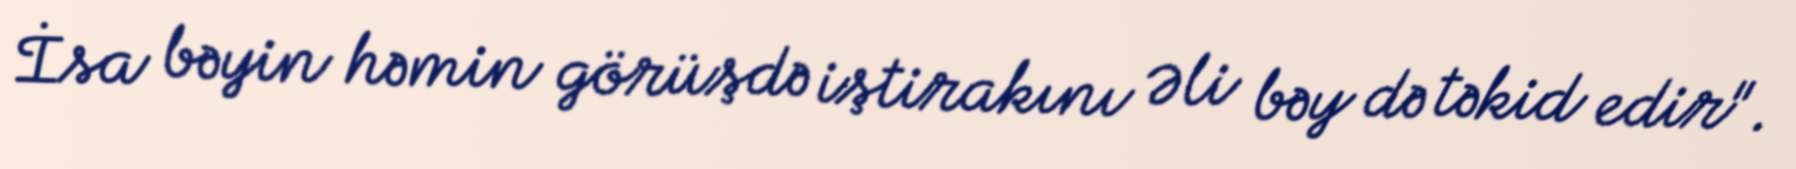
İsa bəyin həmin görüşdə iştirakını Əli bəy də təkid edir".